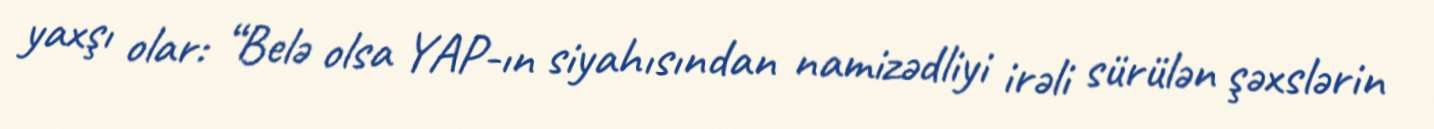
yaxşı olar: “Belə olsa YAP-ın siyahısından namizədliyi irəli sürülən şəxslərin